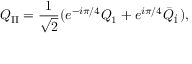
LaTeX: Q _ { \mathrm { I I } } = \frac { 1 } { \sqrt { 2 } } ( e ^ { - i \pi / 4 } Q _ { 1 } + e ^ { i \pi / 4 } \bar { Q } _ { \dot { 1 } } ) ,